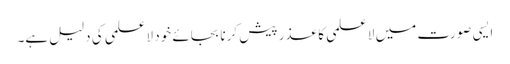
ایسی صورت میں لا علمی کا عذر پیش کرنا بجائے خود لا علمی کی دلیل ہے۔